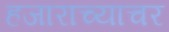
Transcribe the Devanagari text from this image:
हजाराच्याचर